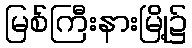
မြစ်ကြီးနားမြို့၌